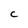
Character: c